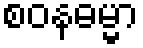
စဝနဓမ္မာ